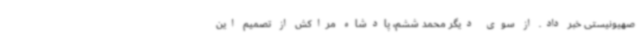
صهیونیستی خبر داد. از سوی دیگر محمد ششم، پادشاه مراکش از تصمیم این